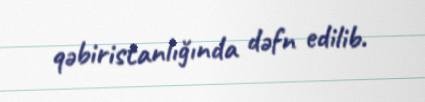
qəbiristanlığında dəfn edilib.